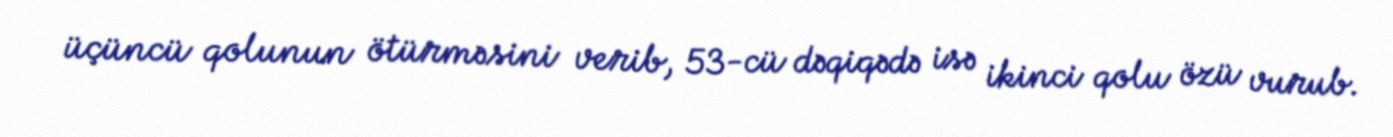
üçüncü qolunun ötürməsini verib, 53-cü dəqiqədə isə ikinci qolu özü vurub.